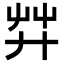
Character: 𦬧